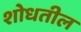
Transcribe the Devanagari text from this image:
शोधतील